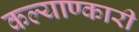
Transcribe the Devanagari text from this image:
कल्याण्कारी